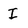
Character: I